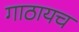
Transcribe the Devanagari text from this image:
गाठायच